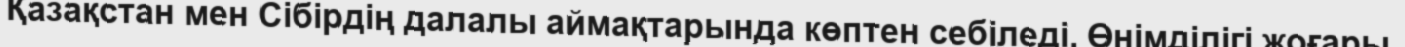
Қазақстан мен Сібірдің далалы аймақтарында көптен себіледі. Өнімділігі жоғары.